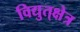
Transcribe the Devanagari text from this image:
विद्युत्‌क्षेत्र